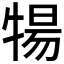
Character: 𬌤